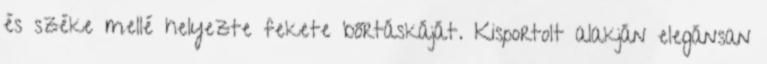
és széke mellé helyezte fekete bőrtáskáját. Kisportolt alakján elegánsan